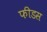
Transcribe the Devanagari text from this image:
फीडस